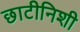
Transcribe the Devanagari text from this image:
छाटीनिशी